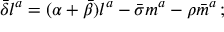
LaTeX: { \bar { \delta } } l ^ { a } = ( \alpha + { \bar { \beta } } ) l ^ { a } - { \bar { \sigma } } m ^ { a } - \rho { \bar { m } } ^ { a } \, ;